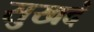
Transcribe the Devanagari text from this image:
सुखदं